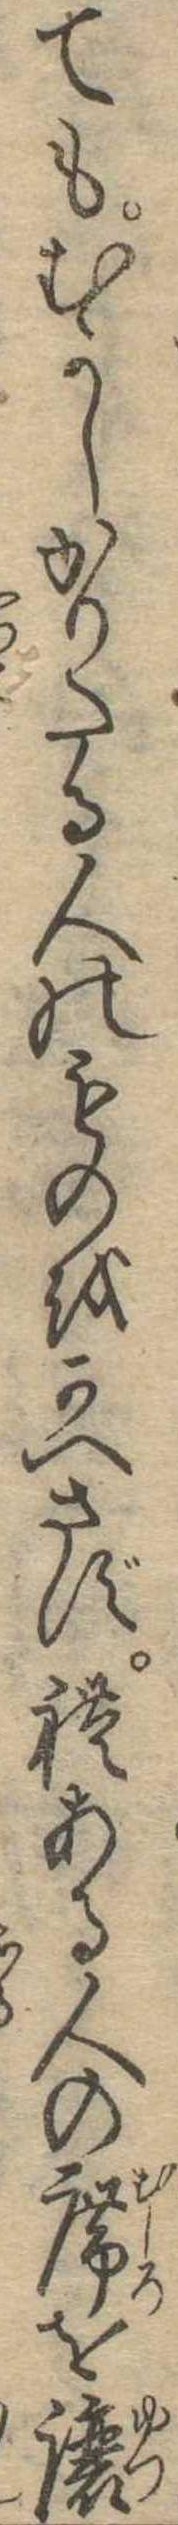
てもむかしかりたる人のものをかへさず礼ある人の席を譲